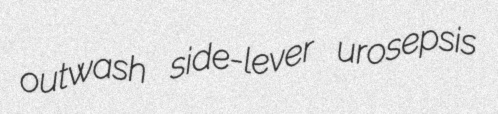
outwash side-lever urosepsis